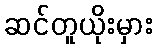
ဆင်တူယိုးမှား